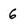
Character: 6